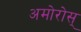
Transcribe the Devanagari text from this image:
अमोरोस्